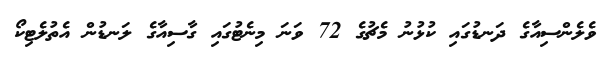
ވެލެންސިއާގެ ދަނޑުގައި ކުޅުނު މެޗުގެ 72 ވަނަ މިނެޓުގައި ގާސިއާގެ ލަނޑުން އެތުލެޓިކޯ